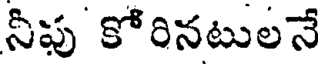
నీపు కోరినటులనే